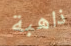
ذاهبة